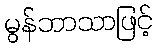
မွန်ဘာသာဖြင့်